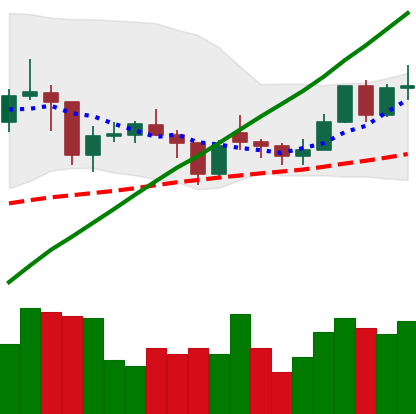
Ticker: LTC-USD
Chart end date: 2021-02-06
Forward return: 18.483%
Label: up_7plus